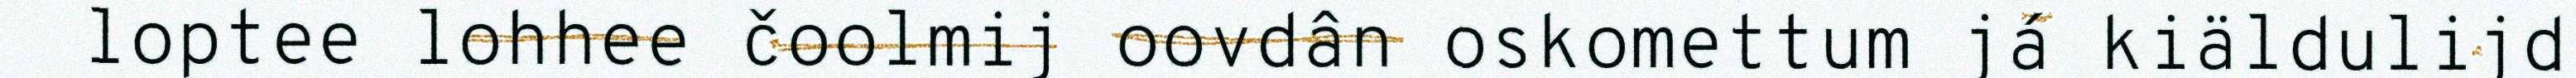
loptee lohhee čoolmij oovdân oskomettum já kiäldulijd